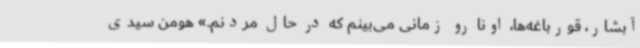
آبشار، قورباغه‌ها، اونا رو زمانی می‌بینم که در حال مردنم.» هومن سیدی